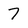
Character: 7